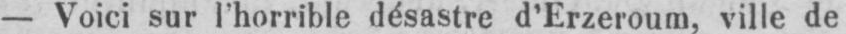
- Voici sur l’horrible désastre d’Erzeroum, ville de